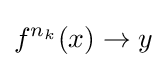
f^{n_{k}}(x)\rightarrow y